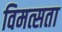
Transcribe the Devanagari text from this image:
विमत्सता